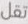
تقل